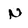
Character: N